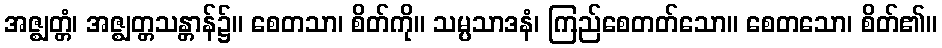
အဇ္ဈတ္တံ၊ အဇ္ဈတ္တသန္တာန်၌။ စေတသာ၊ စိတ်ကို။ သမ္ပသာဒနံ၊ ကြည်စေတတ်သော။ စေတသော၊ စိတ်၏။